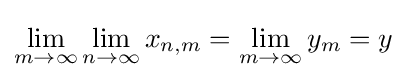
\lim _{m\to \infty }\lim _{n\to \infty }x_{n,m}=\lim _{m\to \infty }y_{m}=y